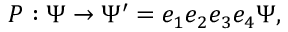
P : \Psi \rightarrow \Psi ^ { \prime } = e _ { 1 } e _ { 2 } e _ { 3 } e _ { 4 } \Psi ,